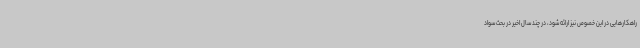
راهکارهایی در این خصوص نیز ارائه شود، در چند سال اخیر در بحث سواد